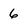
Character: 6